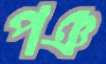
পঞ